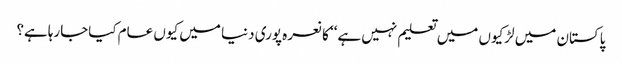
پاکستان میں لڑکیوں میں تعلیم نہیں ہے‘‘ کا نعرہ پوری دنیا میں کیوں عام کیاجارہاہے؟